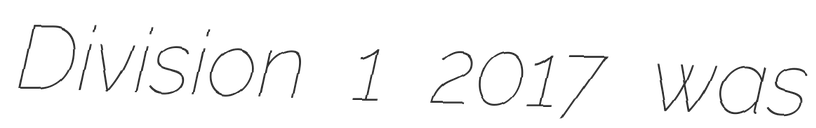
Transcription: Division 1 2017 was